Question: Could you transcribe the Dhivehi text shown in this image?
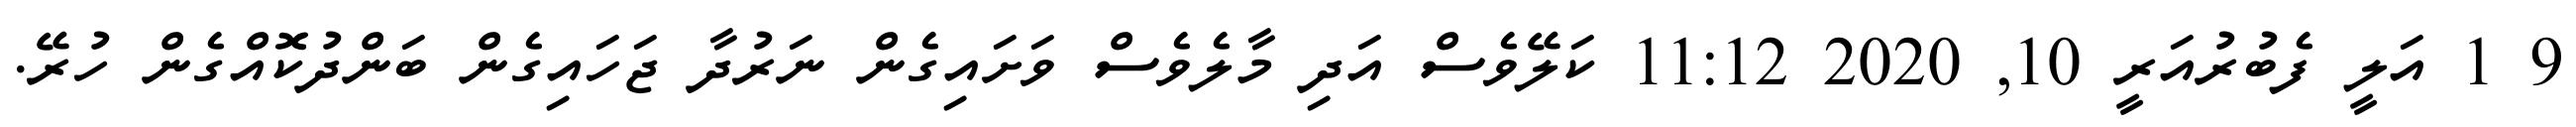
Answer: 9 1 އަލީ ފެބުރުއަރީ 10, 2020 11:12 ކަލޭވެސް އަދި މާލެވެސް ވަށައިގެން ނަރުދާ ޖަހައިގެން ބަންދުކޮއްގެން ހުރޭ.